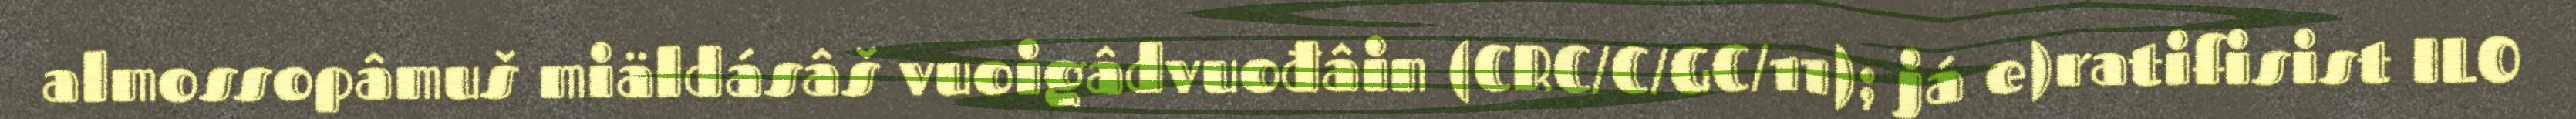
almossopâmuš miäldásâš vuoigâdvuođâin (CRC/C/GC/11); já e)ratifisist ILO